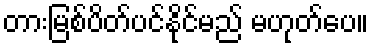
တားမြစ်ပိတ်ပင်နိုင်မည် မဟုတ်ပေ။